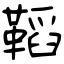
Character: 鞱